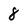
Character: 8